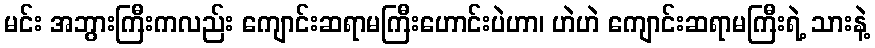
မင်း အဘွားကြီးကလည်း ကျောင်းဆရာမကြီးဟောင်းပဲဟာ၊ ဟဲဟဲ ကျောင်းဆရာမကြီးရဲ့ သားနဲ့